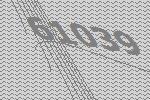
61039